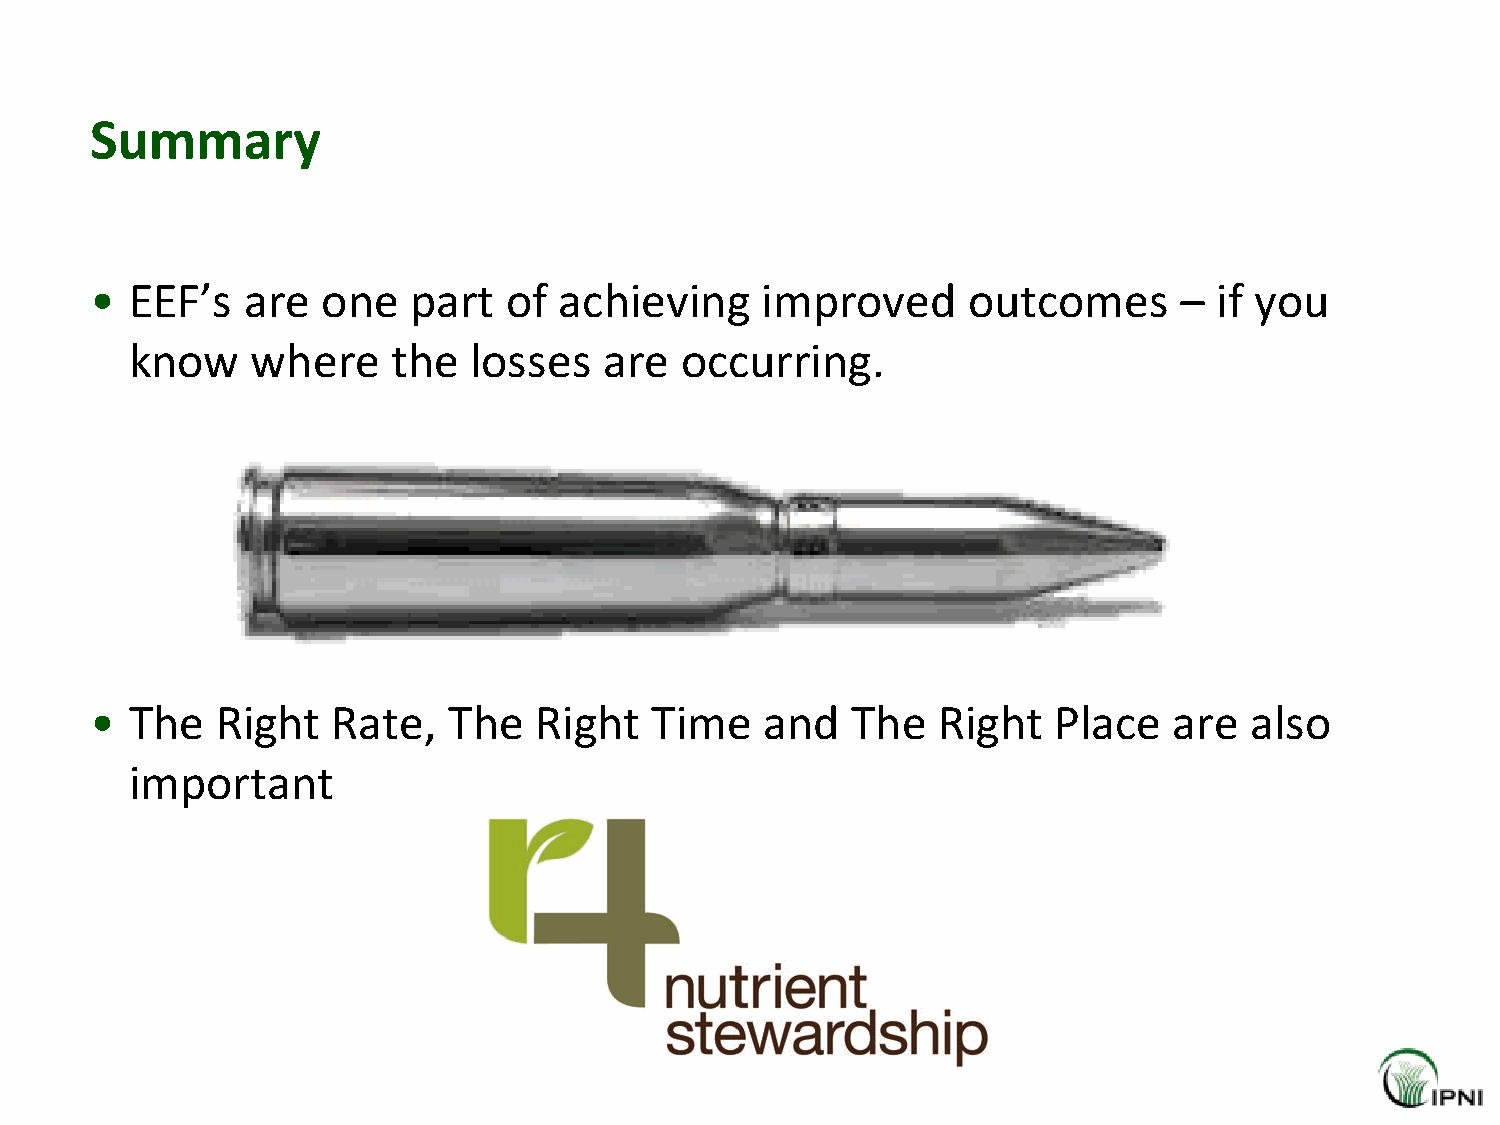
Summary
 •  EEF’s  are  one   part  of  achieving    improved      outcomes      –  if you
 know    where    the  losses   are  occurring.
 •  The  Right   Rate,   The  Right   Time    and  The   Right   Place   are  also
 important